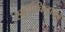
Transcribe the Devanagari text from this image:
स्मृतीचिन्हातून